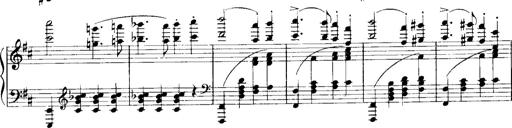
Title: Historische ungarische Bildnisse
Composer: Franz Liszt